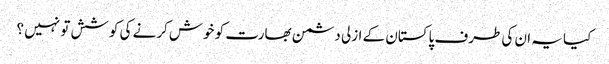
کیا یہ ان کی طرف پاکستان کے ازلی دشمن بھارت کو خوش کرنے کی کوشش تو نہیں ؟